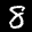
Label: 8